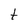
Character: t